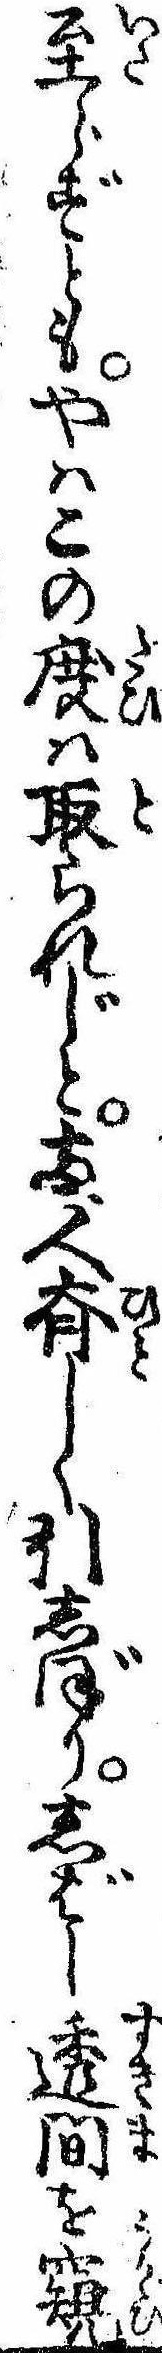
至らずともやはこの度は取られじと両人斉しく引しぼりしばし透間を窺